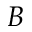
B